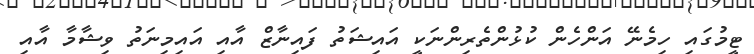
ޓީމުގައި ހިމެނޭ އަންހެން ކުޅުންތެރިންނަކީ އައިޝަތު ފައިނާޒް އާއި އައިމިނަތު ވިޝާމާ އާއި